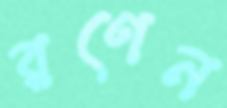
রণেন